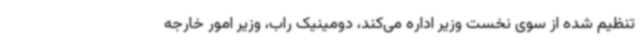
تنظیم شده از سوی نخست وزیر اداره می‌کند، دومینیک راب، وزیر امور خارجه